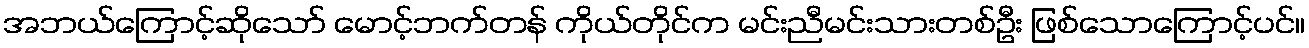
အဘယ်ကြောင့်ဆိုသော် မောင့်ဘက်တန် ကိုယ်တိုင်က မင်းညီမင်းသားတစ်ဦး ဖြစ်သောကြောင့်ပင်။